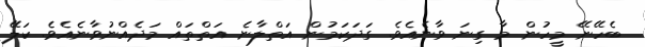
ބެހޭނޭ މީހުން މާ ގިނަ ވާނެއެވެ. ގަދަކަމުން އަތްލާނެ އަތްތައް މަދެއްނުވާނެއެވެ. ކަލޭ